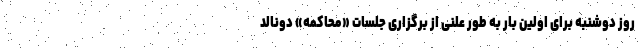
روز دوشنبه برای اولین بار به طور علنی از برگزاری جلسات «محاکمه» دونالد